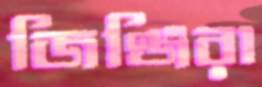
জিঞ্জিরা